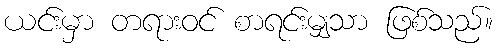
ယင်းမှာ တရားဝင် စာရင်းမျှသာ ဖြစ်သည်။